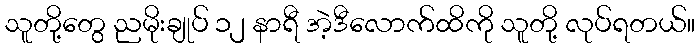
သူတို့တွေ ညမိုးချုပ် ၁၂ နာရီ အဲ့ဒီလောက်ထိကို သူတို့ လုပ်ရတယ်။